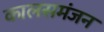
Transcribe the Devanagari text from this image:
कालसमंजन